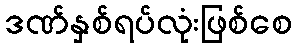
ဒဏ်နှစ်ရပ်လုံးဖြစ်စေ